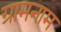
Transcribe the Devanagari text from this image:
ग्रामनाम